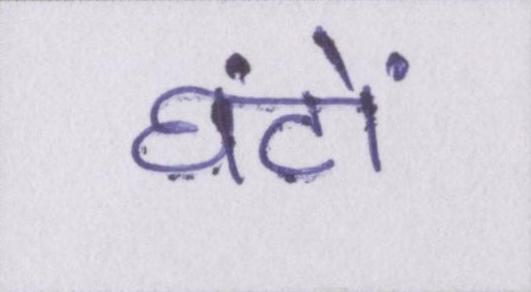
घंटों